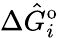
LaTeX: \Delta\hat{G}_{i}^{\mathrm{o}}